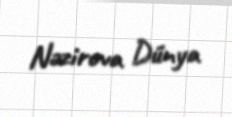
Nəzirova Dünya